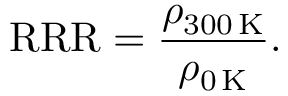
\mathrm { R R R } = \frac { \rho _ { 3 0 0 \, \mathrm { K } } } { \rho _ { 0 \, \mathrm { K } } } .